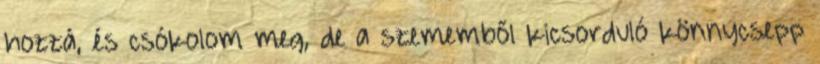
hozzá, és csókolom meg, de a szememből kicsorduló könnycsepp